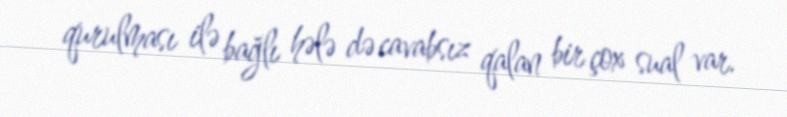
qurulması ilə bağlı hələ də cavabsız qalan bir çox sual var.